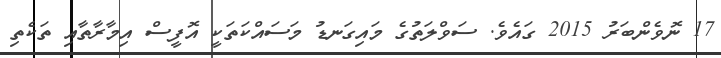
17 ނޮވެންބަރު 2015 ގައެވެ. ސަވްލަތުގެ މައިގަނޑު މަސައްކަތަކީ އޮފީސް އިމާރާތާއި ތަކެތި